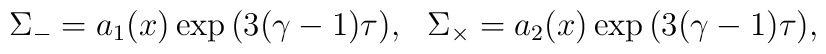
\Sigma_-  =  a_{1}(x)\exp{(3(\gamma-1)\tau)}, ~~ \Sigma_{\times} =  a_{2}(x)\exp{(3(\gamma-1)\tau)},